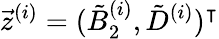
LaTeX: \vec{z}^{(i)}=(\tilde{B}_{2}^{(i)},\tilde{D}^{(i)})^{\intercal}